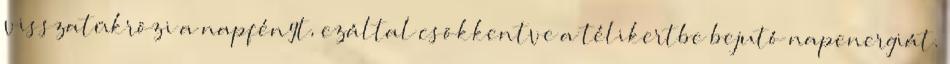
visszatükrözi a napfényt, ezáltal csökkentve a télikertbe bejutó napenergiát.